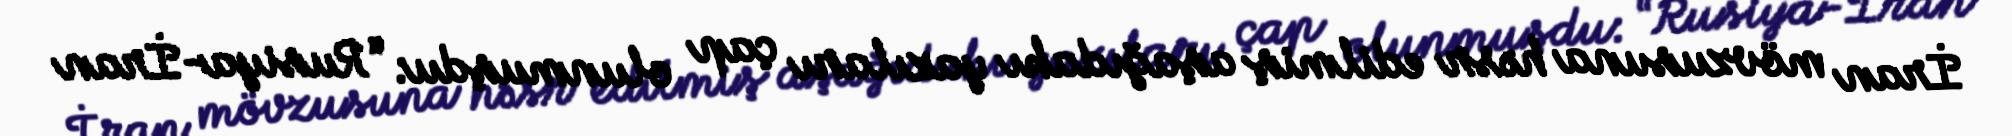
İran mövzusuna həsr edilmiş aşağıdakı yazıları çap olunmuşdu: “Rusiya-İran